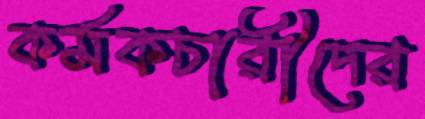
কর্মকচারীদের